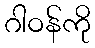
ဂါဝန်ကို